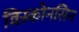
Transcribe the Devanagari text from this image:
विस्कोनसिन